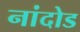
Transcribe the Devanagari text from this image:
नांदोड